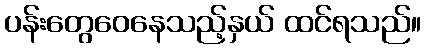
ပန်းတွေဝေနေသည့်နှယ် ထင်ရသည်။